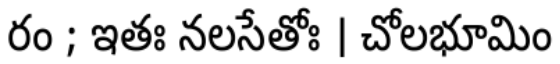
రం ; ఇతః నలసేతోః । చోలభూమిం